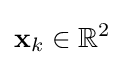
\mathbf {x} _{k}\in \mathbb {R} ^{2}